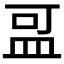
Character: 𪾌